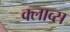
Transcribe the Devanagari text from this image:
क्लाव्स